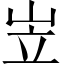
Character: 岦